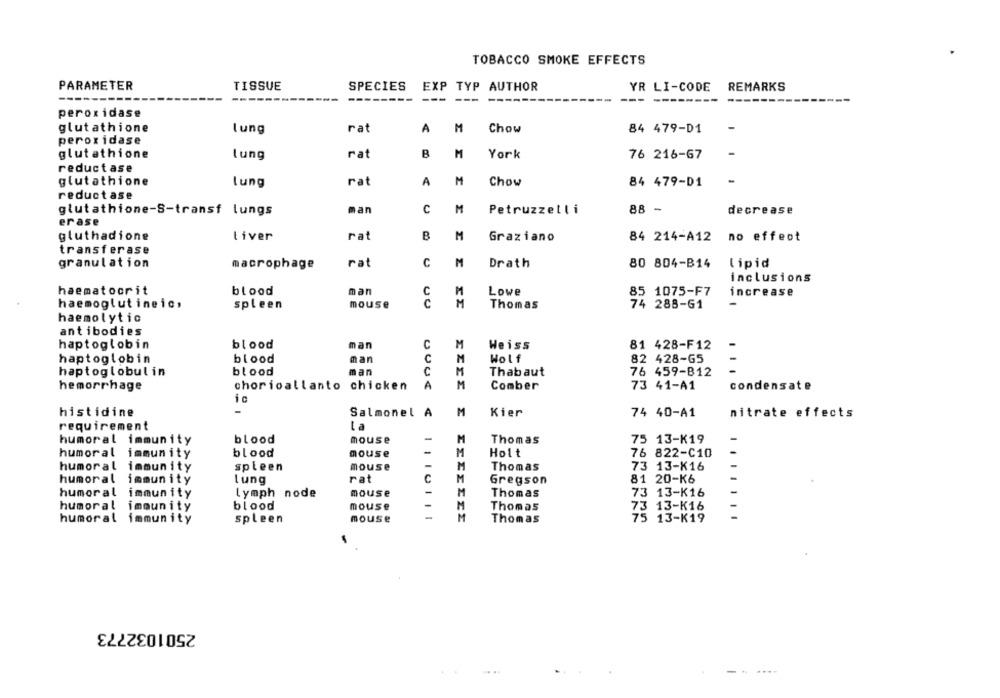
TOBACCO SMOKE EFFECTS
PARAMETER
TISSUE
SPECIES
EXP TYP AUTHOR
YR LI-CODE
REMARKS
--------
---
---
-------
peroxidase
glutathione
lung
rat
A
M
Chow
84 479-D1
peroxidase
glutathione
rat
B
M
-
lung
York
76 216-67
reductase
glutathione
rat
A
M
Chow
-
lung
84 479-D1
reductase
man
C
M
88 -
decrease
glutathione-S-transf lungs
Petruzzelli
erase
gluthadione
liver
rat
B
M
Graziano
84 214-A12
no effect
transferase
granulation
rat
C
M
Drath
80 804-B14 lipid
macrophage
inclusions
haematocrit
blood
man
Lowe
85 1075-F7
increase
C
haemoglutineic,
spleen
mouse
c
M
Thomas
74 288-61
haemolytic
antibodies
haptoglobin
blood
man
C
M
Weiss
81 428-F12
haptoglobin
blood
man
C
M
Wolf
82 428-65
haptoglobulin
blood
man
C
M
Thabaut
76 459-B12
M
hemorrhage
chorioallanto chicken
A
Comber
73 41-A1
condensate
ic
histidine
-
M
Kier
Salmonel A
74 40-A1
nitrate effects
La
requirement
blood
mouse
-
75 13-K19
humoral immunity
Thomas
humoral immunity
blood
mouse
-
Holt
76 822-C10
humoral immunity
spleen
mouse
Thomas
73 13-K16
humoral immunity
lung
rat
C
M
Gregson
81 20-K6
humoral immunity
lymph node
mouse
Thomas
73 13-K16
humoral immunity
blood
mouse
Thomas
73 13-K16
humoral immunity
spleen
mouse
Thomas
75 13-K19
2501032773
------